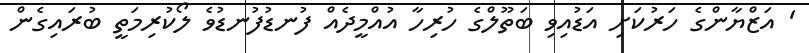
' އަޒްޔާންގެ ހަރުކަށި އަޑުއިވި ބަތޫލްގެ ހުރިހާ އުއްމީދެއް ފުނޑުފުނޑުވެ ލޯކުރިމަތީ ބުރައިގެން